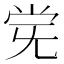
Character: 𫴽